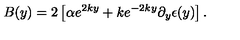
B ( y ) = 2 \left[ \alpha e ^ { 2 k y } + k e ^ { - 2 k y } \partial _ { y } \epsilon ( y ) \right] .